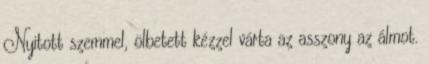
Nyitott szemmel, ölbetett kézzel várta az asszony az álmot.